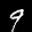
Label: 9